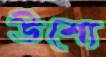
উশো